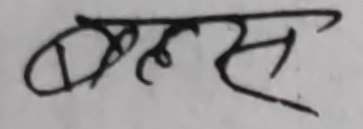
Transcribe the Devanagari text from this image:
बह्लस